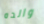
والده